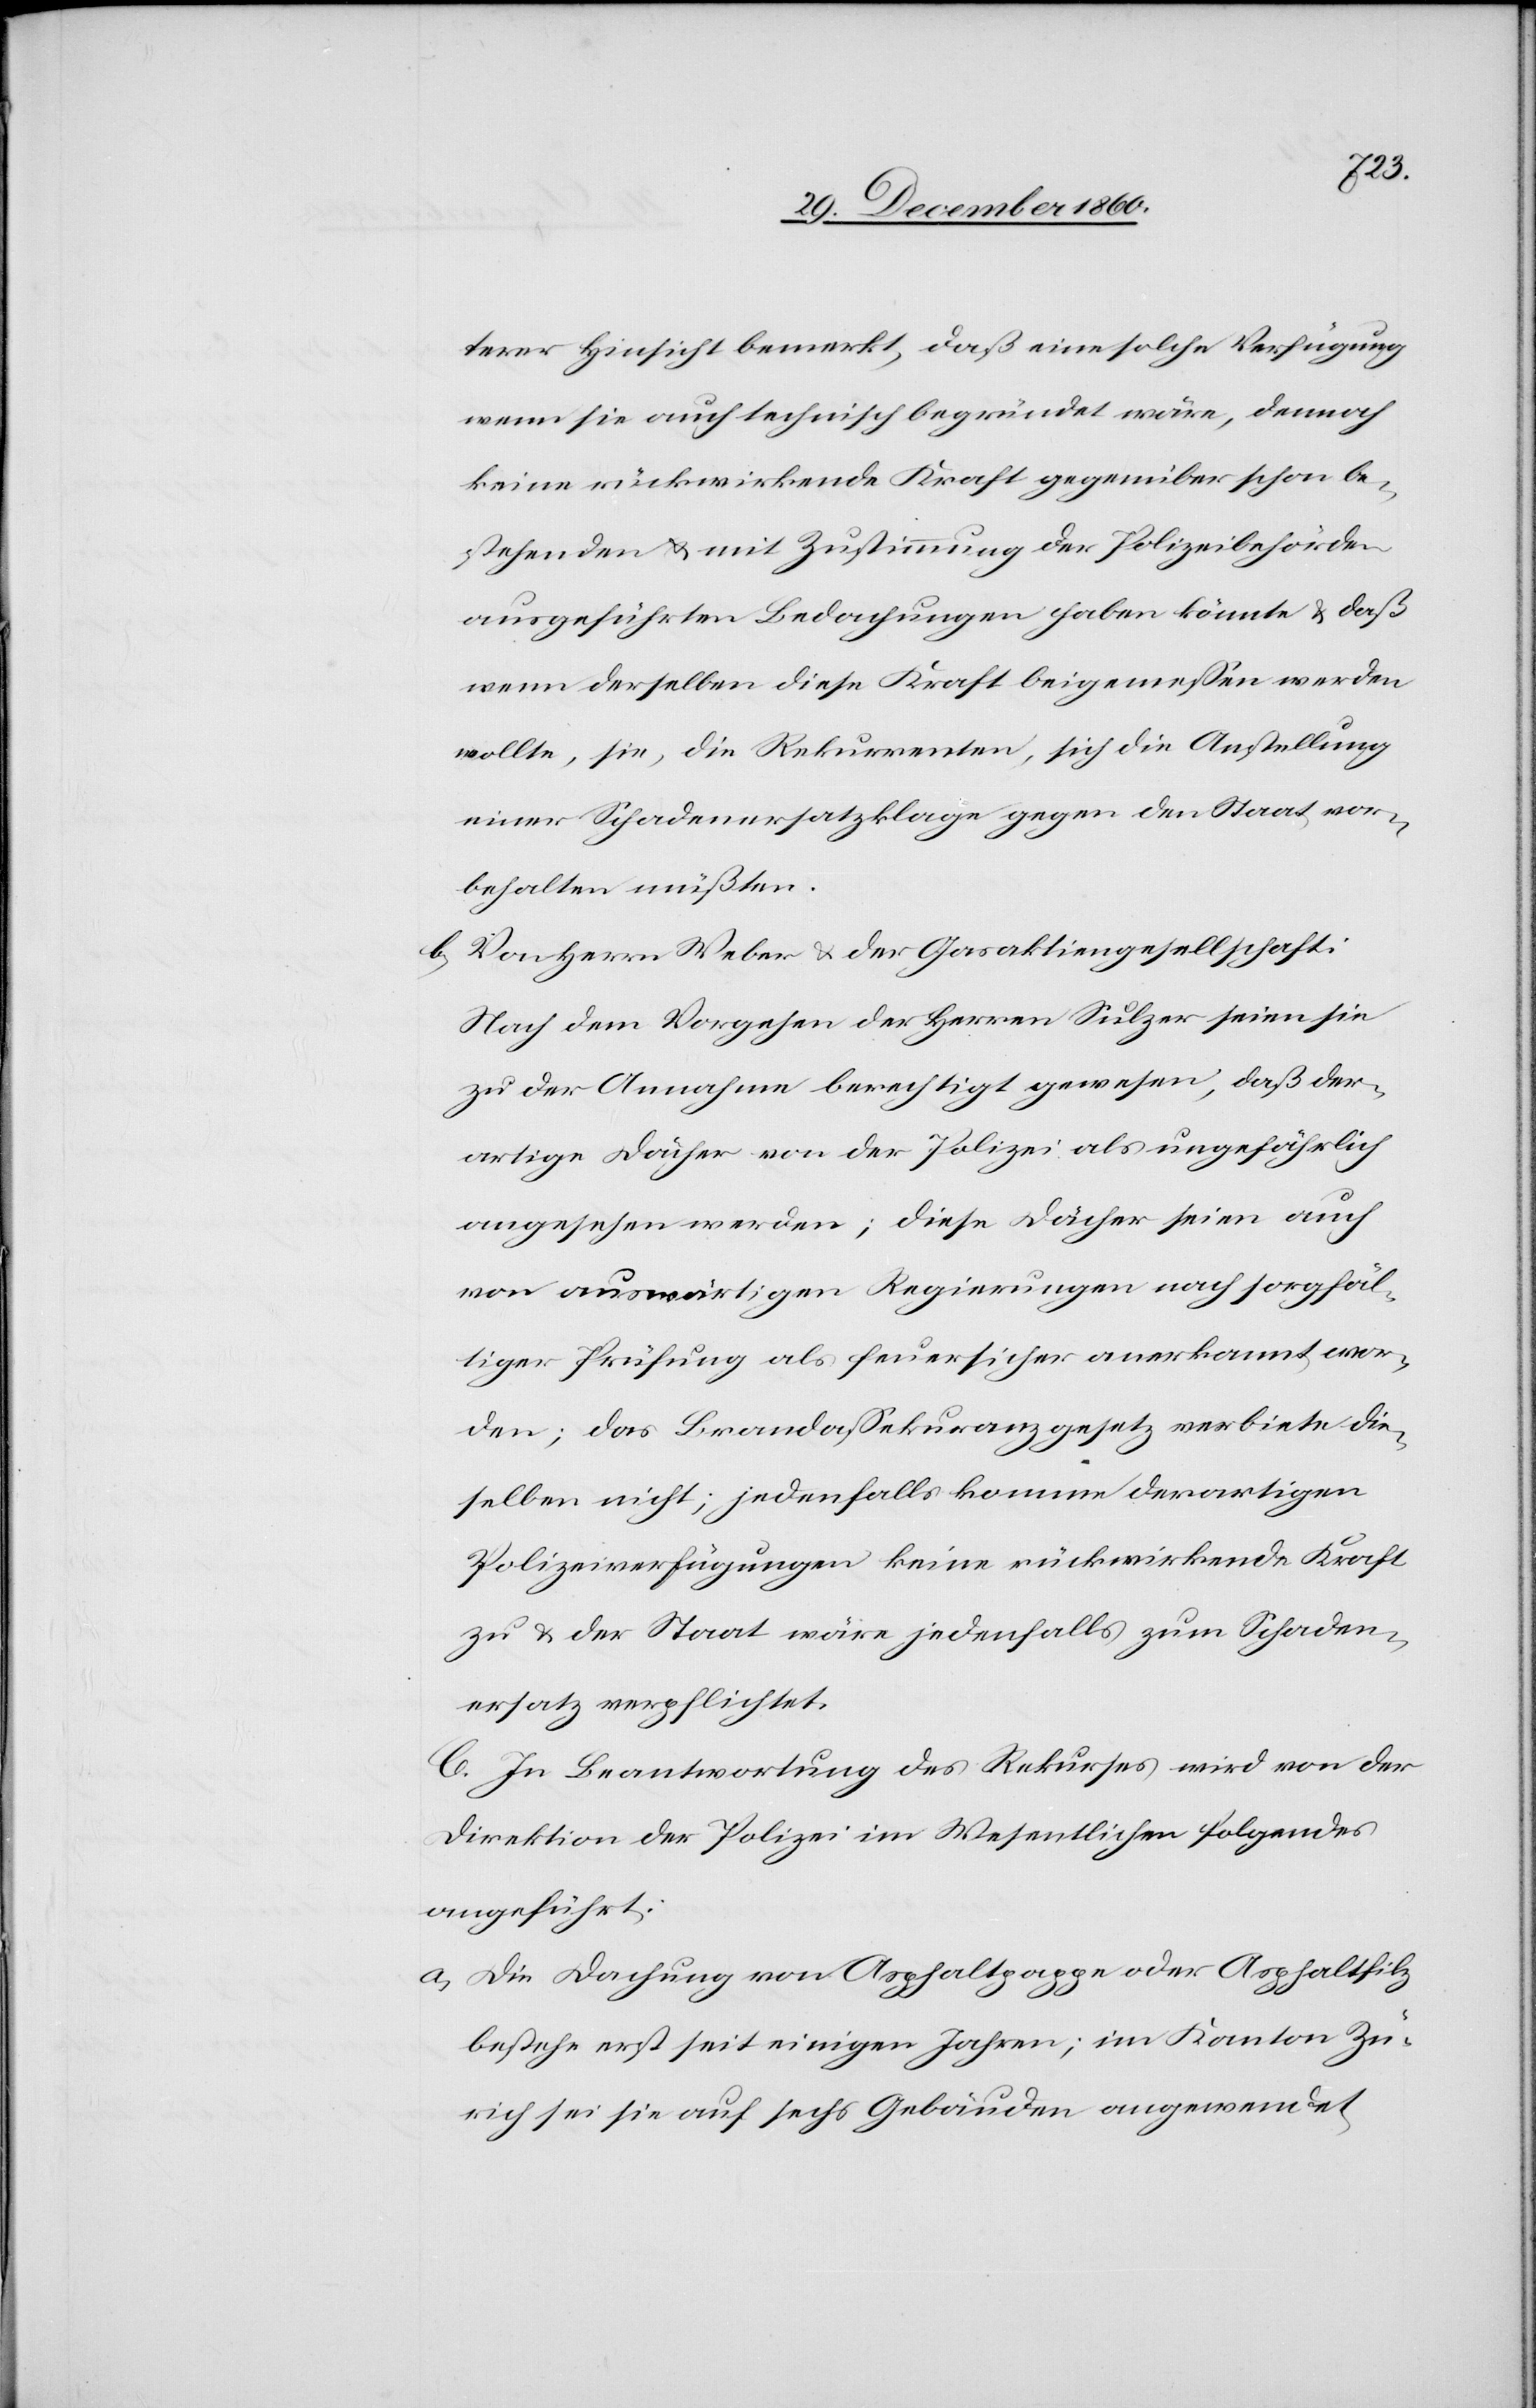
terer Hinsicht bemerkt, daß eine solche Verfügung
wenn sie auch technisch begründet wäre, dennoch
keine rückwirkende Kraft gegenüber schon be¬
stehenden u. mit Zustimmung der Polizeibehörden
ausgeführten Bedachungen haben könnte u. daß
wenn derselben diese Kraft beigemessen werden
wollte, sie, die Rekurrenten, sich die Anstellung
einer Schadenersatzklage gegen den Staat vor¬
behalten müßten.
b. Von Herrn Weber u. der Gasaktiengesellschaft:
Nach dem Vorgehen der Herren Sulzer seien sie
zu der Annahme berechtigt gewesen, daß der¬
artige Dächer von der Polizei als ungefährlich
angesehen werden; diese Dächer seien auch
von auswärtigen Regierungen nach sorgfäl¬
tiger Prüfung als feuersicher anerkannt wor¬
den; das Brandassekuranzgesetz verbiete die¬
selben nicht; jedenfalls komme derartigen
Polizeiverfügungen keine rückwirkende Kraft
zu u. der Staat wäre jedenfalls zum Schaden¬
ersatz verpflichtet.
C. In Beantwortung des Rekurses wird von der
Direktion der Polizei im Wesentlichen folgendes
angeführt:
a. Die Dachung von Asphaltpappe oder Asphaltfilz
bestehe erst seit einigen Jahre; im Kanton Zü¬
rich sei sie auf sechs Gebäuden angewendet